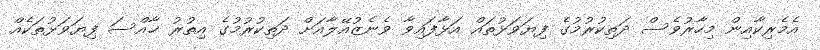
އެމެރިކާއިން މިހާރުވެސް ދަތިކުރުމުގެ ފިޔަވަޅުތައް އަޅާފައިވާ ވެނެޒުއޭލާއަށް ދަތިކުރުމުގެ އިތުރު ޚާއްސަ ފިޔަވަޅުތަކެއް